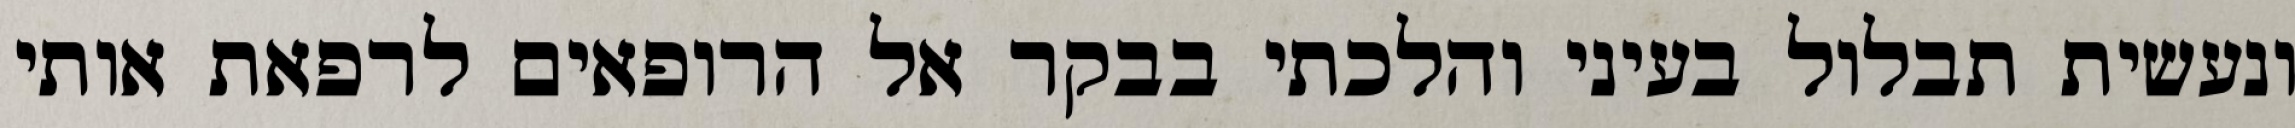
ונעשית תבלול בעיני והלכתי בבקר אל הרופאים לרפאת אותי